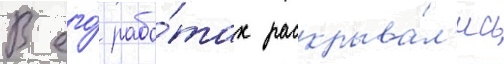
В его́ рабо́тах раскрыва́л'ись